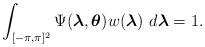
LaTeX: \begin{align*} \displaystyle\int_{[-\pi,\pi]^{2}} \Psi(\boldsymbol{\lambda},\boldsymbol{\theta}) w(\boldsymbol{\lambda}) \, \, d\boldsymbol{\lambda} =1. \end{align*}